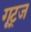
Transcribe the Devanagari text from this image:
गूट्ज